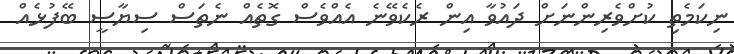
ނިކަމެތި ކުށްވެރިންނަށް ދައުވާ އިން ރެކެވޭނެ އެއްވެސް ގޮތެއް ނެތަސް ސިޔާސީ ބޭފުޅެއް